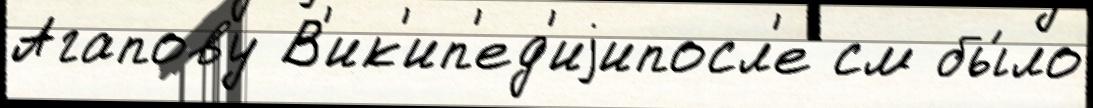
Агапову В'ик'ип'ед'иjипосл'е см бы́ло